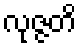
လုဇ္ဇတိ